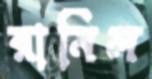
রানিল